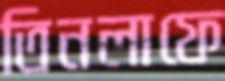
তিনলাফে